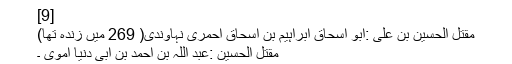
[9]
مقتل الحسین بن علی :ابو اسحاق ابراہیم بن اسحاق احمری نہاوندی( 269 میں زندہ تھا)
مقتل الحسین :عبد اللہ بن احمد بن ابی دنیا اموی ۔